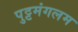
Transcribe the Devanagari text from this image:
पुट्टमंगलम